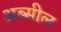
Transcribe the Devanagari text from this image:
अब्सील